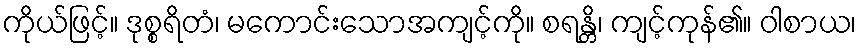
ကိုယ်ဖြင့်။ ဒုစ္စရိတံ၊ မကောင်းသောအကျင့်ကို။ စရန္တိ၊ ကျင့်ကုန်၏။ ဝါစာယ၊